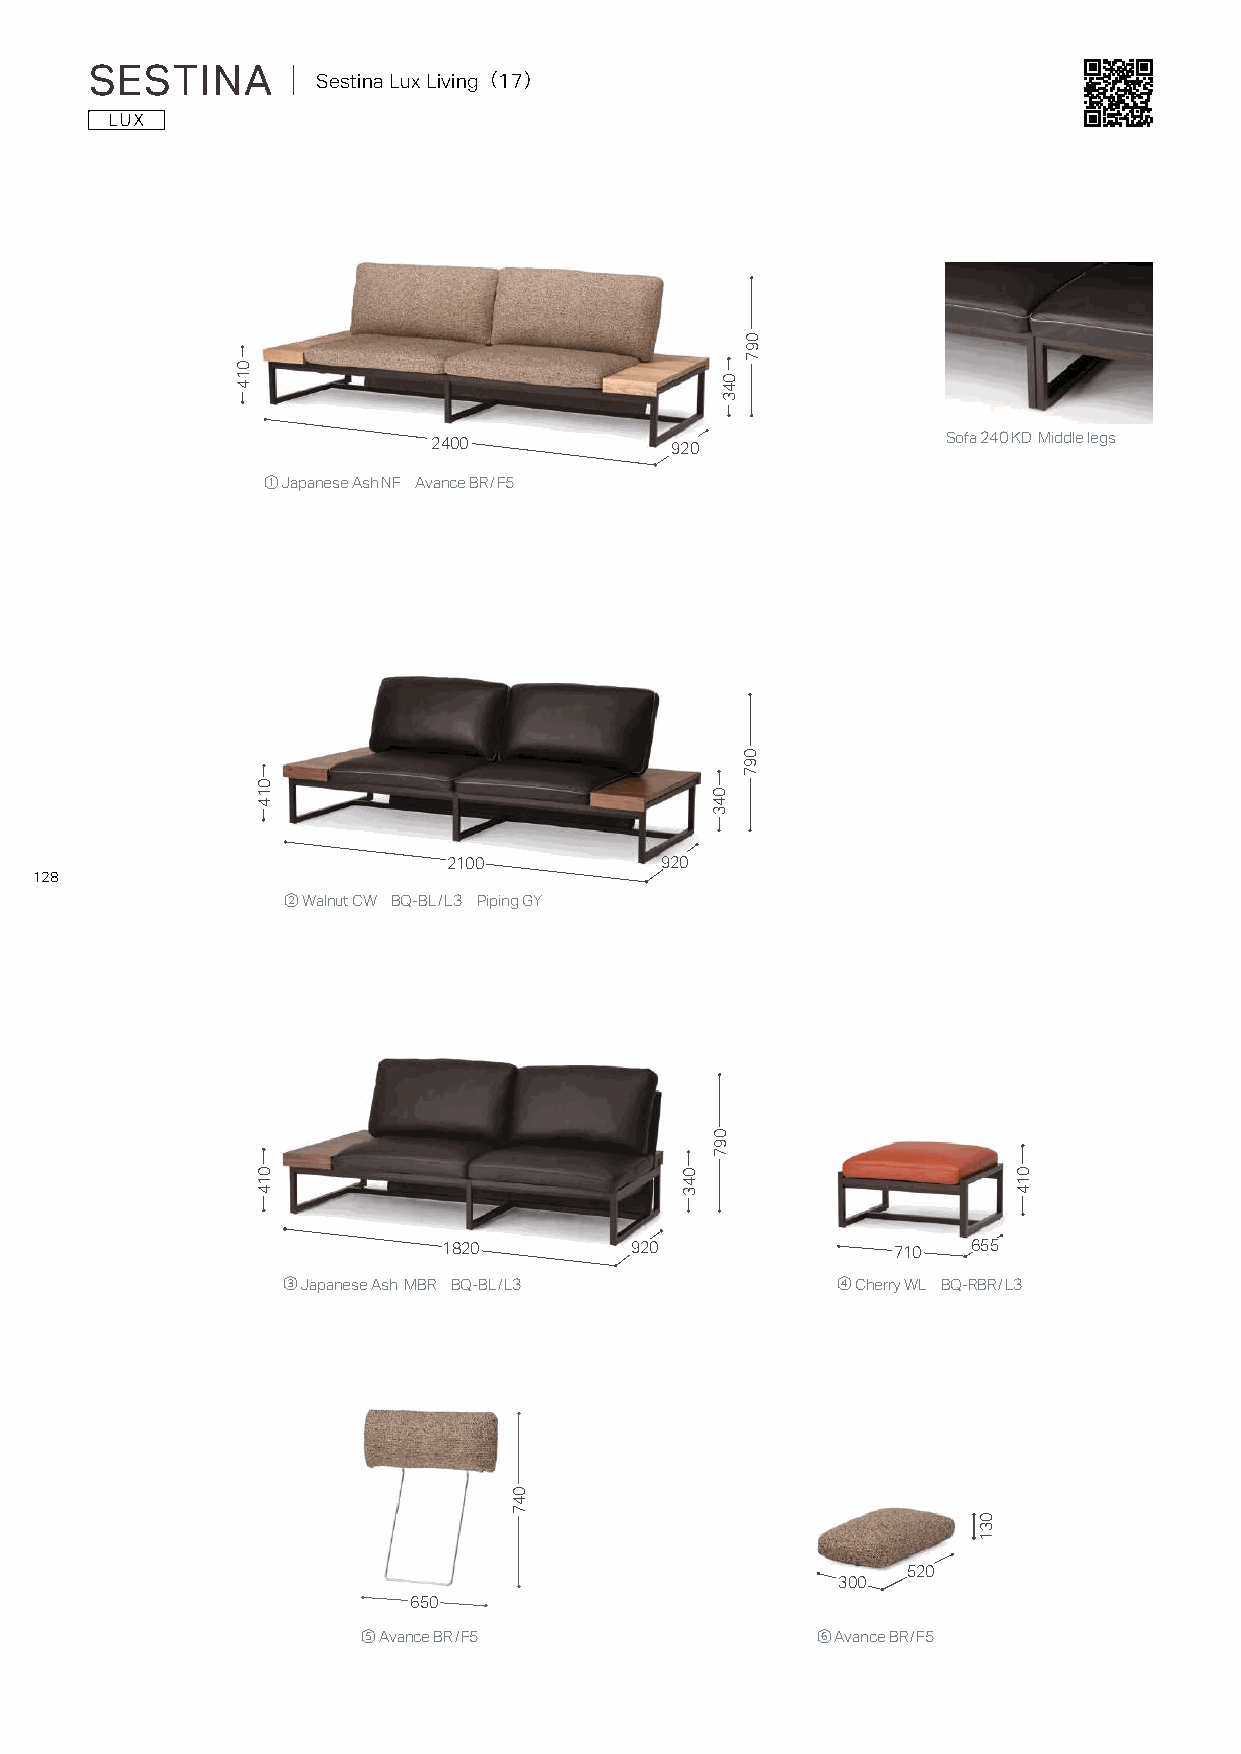
SESTINA      ｜ Sestina Lux Living（17）
 2400           920                Sofa 240 KD Middle legs
 ① Japanese Ash NF Avance BR/F5
 2100          920
 128
 ② Walnut CW BQ-BL/L3 Piping GY
 1820         920              710  655
 ③ Japanese Ash MBR BQ-BL/L3         ④ Cherry WL BQ-RBR/L3
 520
 300
 650
 ⑤ Avance BR/F5                ⑥ Avance BR/F5
 014
 014
 014
 047
 043
 043
 097
 043
 097
 097
 031
 014